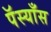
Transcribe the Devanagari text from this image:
पॅस्याँस